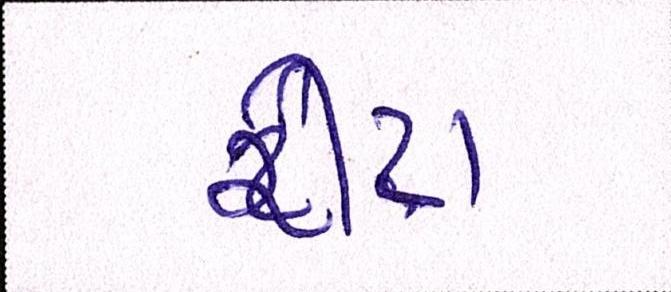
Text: રીટા